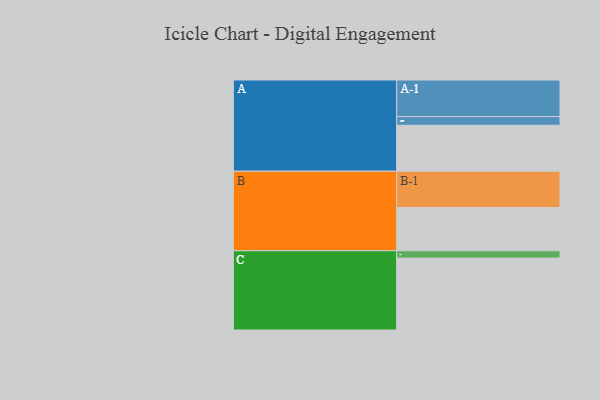
{"axis": {"x": "Segment", "y": "Value"}, "legend": ["", "A", "B", "C"], "data": [{"x": "A", "y": 333, "type": ""}, {"x": "B", "y": 313, "type": ""}, {"x": "C", "y": 521, "type": ""}, {"x": "A-1", "y": 265, "type": "A"}, {"x": "A-2", "y": 63, "type": "A"}, {"x": "B-1", "y": 263, "type": "B"}, {"x": "C-1", "y": 53, "type": "C"}]}